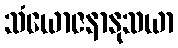
သံယောဇနာနုသယာ